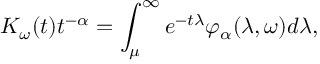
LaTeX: K _ { \omega } ( t ) t ^ { - \alpha } = \int _ { \mu } ^ { \infty } e ^ { - t \lambda } \varphi _ { \alpha } ( \lambda , \omega ) d \lambda ,